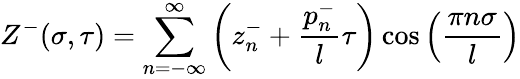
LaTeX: Z^{-}(\sigma,\tau)=\sum_{n=-\infty}^{\infty}\left(z_{n}^{-}+\frac{p_{n}^{-}}{l}\tau\right)\cos\left(\frac{\pi n\sigma}{l}\right)